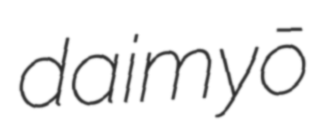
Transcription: daimyō